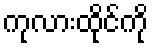
ကုလားထိုင်ကို